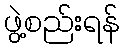
ဖွဲ့စည်းရန်